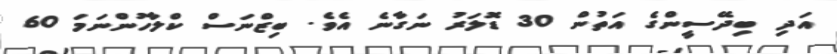
އަދި ބިދޭސީންގެ އަތުން 30 ޑޮލަރު ނަގާނެ އެވެ. ބިޒްނަސް ކްލާހުންނަމަ 60